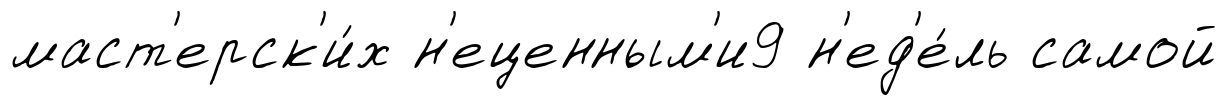
маст'ерск'и́х н'еценным'и9 н'ед'е́ль самой